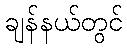
ချန်နယ်တွင်